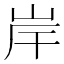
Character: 岸